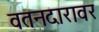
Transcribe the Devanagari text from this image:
वतनदारावर